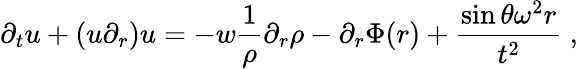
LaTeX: \partial_{t}u+(u\partial_{r})u=-w\frac{1}{\rho}\partial_{r}\rho-\partial_{r}\Phi(r)+\frac{\sin\theta\omega^{2}r}{t^{2}}\ ,